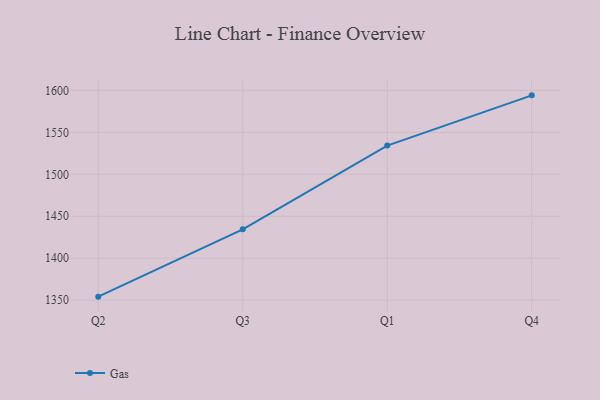
{"axis": {"x": "Quarter", "y": "Market Share (%)"}, "legend": ["Gas"], "data": [{"x": "Q2", "y": 1354.2, "type": "Gas"}, {"x": "Q3", "y": 1434.4, "type": "Gas"}, {"x": "Q1", "y": 1534.2, "type": "Gas"}, {"x": "Q4", "y": 1594.1, "type": "Gas"}]}